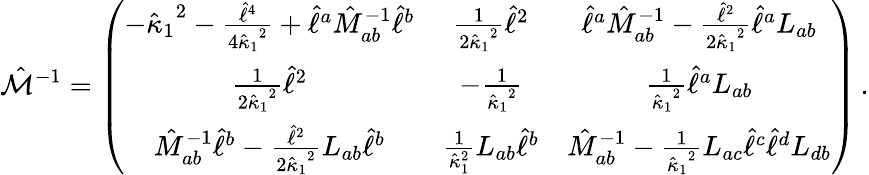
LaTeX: {\hat{\cal M}}^{-1}=\left(\begin{array}{ccc}{{-{{\hat{\kappa}}_{1}}^{2}-{\frac{{\hat{\ell}}^{4}}{4{{\hat{\kappa}}_{1}}^{2}}}+{\hat{\ell}}^{a}{\hat{M}}_{ab}^{-1}{\hat{\ell}}^{b}}}&{{{\frac{1}{2{{\hat{\kappa}}_{1}}^{2}}}{\hat{\ell}}^{2}}}&{{{\hat{\ell}}^{a}{\hat{M}}_{ab}^{-1}-{\frac{{\hat{\ell}}^{2}}{2{{\hat{\kappa}}_{1}}^{2}}}{\hat{\ell}}^{a}{L}_{ab}}}\\ {{{\frac{1}{2{{\hat{\kappa}}_{1}}^{2}}}{\hat{\ell}}^{2}}}&{{-{\frac{1}{{{\hat{\kappa}}_{1}}^{2}}}}}&{{{\frac{1}{{{\hat{\kappa}}_{1}}^{2}}}{\hat{\ell}}^{a}{L}_{ab}}}\\ {{{\hat{M}}_{ab}^{-1}{\hat{\ell}}^{b}-{\frac{{\hat{\ell}}^{2}}{2{{\hat{\kappa}}_{1}}^{2}}}{L}_{ab}{\hat{\ell}}^{b}}}&{{{\frac{1}{{\hat{\kappa}}_{1}^{2}}}{L}_{ab}{\hat{\ell}}^{b}}}&{{{\hat{M}}_{ab}^{-1}-{\frac{1}{{{\hat{\kappa}}_{1}}^{2}}}{L}_{ac}{\hat{\ell}}^{c}{\hat{\ell}}^{d}{L}_{db}}}\end{array}\right)\, .